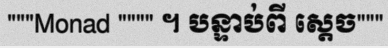
"""Monad """" ។ បន្ទាប់ពី ស្តេច"""